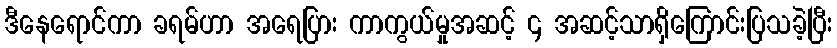
ဒီနေရောင်ကာ ခရမ်ဟာ အရေပြား ကာကွယ်မှုအဆင့် ၄ အဆင့်သာရှိကြောင်းပြသခဲ့ပြီး